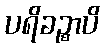
ပရိခဉ္စာပိ